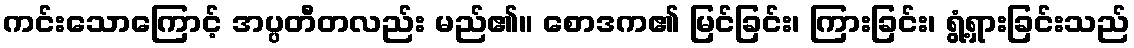
ကင်းသောကြောင့် အပ္ပတီတလည်း မည်၏။ စောဒက၏ မြင်ခြင်း၊ ကြားခြင်း၊ ရွံ့ရှားခြင်းသည်